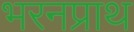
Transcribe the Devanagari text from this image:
भरनप्राथ